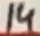
Text: 14